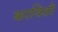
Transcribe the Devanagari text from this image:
करविती